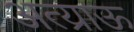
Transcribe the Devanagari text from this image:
अत्य्राऊ